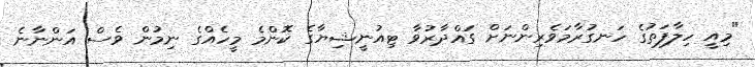
"މިއީ ހިލާފަތުގެ ހަނގުރާމަވެރިންނަށް ގައްދާރުވާ ޓިއުނީޝިޔާގެ ކޮންމެ މީހެއްގެ ނިމުން ވެސް އަންނާނެ